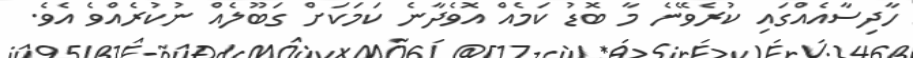
ހާދިސާއެއްގައި ކުރެވޭނެ މާ ބޮޑު ކަމެއް އޮވެދާނެ ކަމަކަށް ގަބޫލެއް ނުކުރެއްވެ އެވެ.